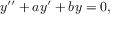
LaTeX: y ^ { \prime \prime } + a y ^ { \prime } + b y = 0 ,